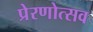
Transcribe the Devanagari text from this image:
प्रेरणोत्सव